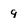
Character: 9